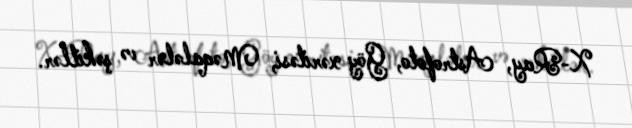
X-Ray, Astrofoto, Göy xəritəsi, Məqalələr və şəkillər.